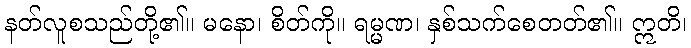
နတ်လူစသည်တို့၏။ မနော၊ စိတ်ကို။ ရမ္မဏ၊ နှစ်သက်စေတတ်၏။ ဣတိ၊